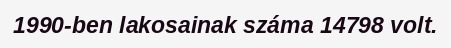
1990-ben lakosainak száma 14798 volt.